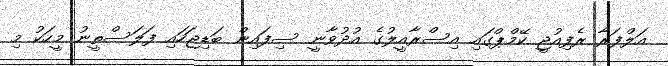
އަލްފަރާ ރެފިއުޖީ ކޭމްޕްގައި އިސްރާއީލުގެ އުދުވާނީ ސިފައިން ބަޑިޖަހައި ފަލަސްތީނު މީހަކު މި